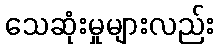
သေဆုံးမှုများလည်း